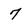
Character: 7